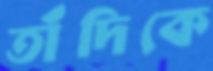
তাঁদিকে